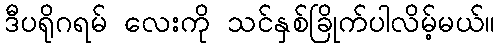
ဒီပရိုဂရမ် လေးကို သင်နှစ်ခြိုက်ပါလိမ့်မယ်။